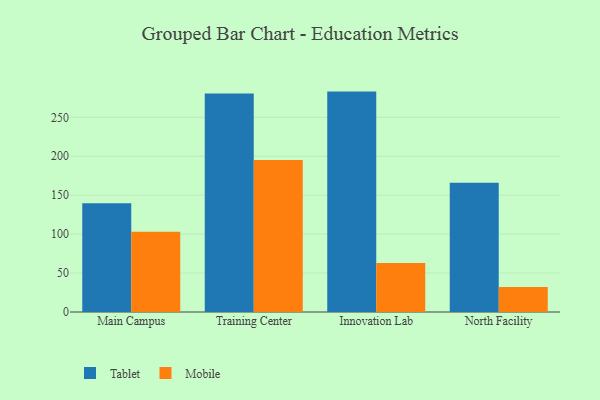
{"axis": {"x": "Campus", "y": "Tickets Resolved"}, "legend": ["Mobile", "Tablet"], "data": [{"x": "Main Campus", "y": 139.7, "type": "Tablet"}, {"x": "Main Campus", "y": 103.1, "type": "Mobile"}, {"x": "Training Center", "y": 280.4, "type": "Tablet"}, {"x": "Training Center", "y": 195.1, "type": "Mobile"}, {"x": "Innovation Lab", "y": 283.0, "type": "Tablet"}, {"x": "Innovation Lab", "y": 62.9, "type": "Mobile"}, {"x": "North Facility", "y": 166.1, "type": "Tablet"}, {"x": "North Facility", "y": 32.1, "type": "Mobile"}]}